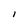
Character: I